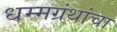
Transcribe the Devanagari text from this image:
धम्मग्रंथांचा